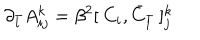
LaTeX: \partial _ { \bar { l } } A _ { i j } ^ { k } = \beta ^ { 2 } [ \: C _ { i } , { \bar { C } } _ { \bar { l } } \: ] _ { j } ^ { k }